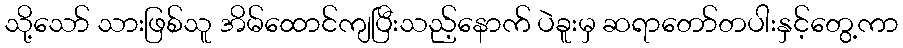
သို့သော် သားဖြစ်သူ အိမ်ထောင်ကျပြီးသည့်နောက် ပဲခူးမှ ဆရာတော်တပါးနှင့်တွေ့ကာ